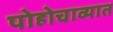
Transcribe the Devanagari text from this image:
पोहोचाव्यात